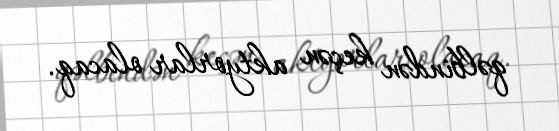
qəlbindən keçən aktyorlar olacaq.